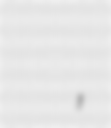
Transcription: Кошаркашка репрезентација Црне Горе,